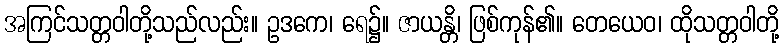
အကြင်သတ္တဝါတို့သည်လည်း။ ဥဒကေ၊ ရေ၌။ ဇာယန္တိ၊ ဖြစ်ကုန်၏။ တေယေဝ၊ ထိုသတ္တဝါတို့